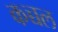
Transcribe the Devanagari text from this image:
कच्चल